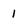
Character: 1